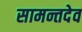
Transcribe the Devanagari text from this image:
सामन्तदेव